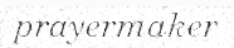
prayermaker